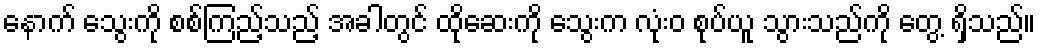
နောက် သွေးကို စစ်ကြည့်သည့် အခါတွင် ထိုဆေးကို သွေးက လုံးဝ စုပ်ယူ သွားသည်ကို တွေ့ ရှိသည်။